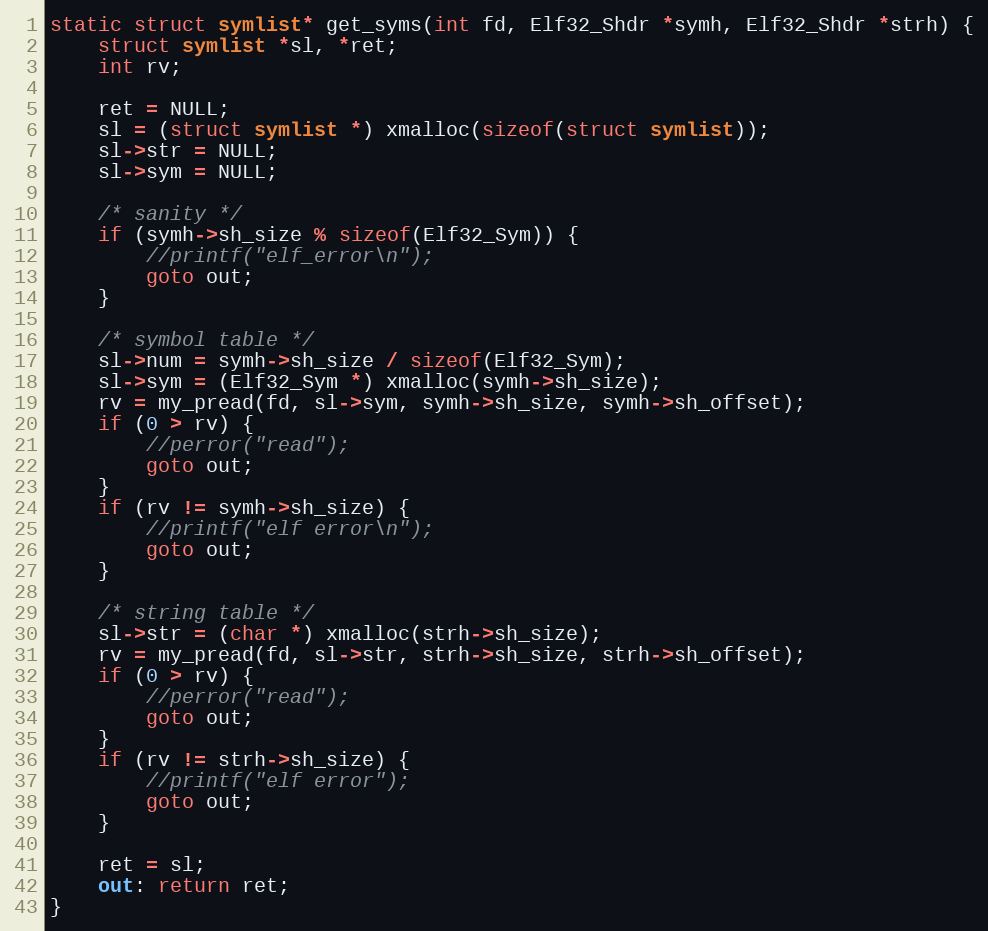
Language: C++
static struct symlist* get_syms(int fd, Elf32_Shdr *symh, Elf32_Shdr *strh) {
    struct symlist *sl, *ret;
    int rv;

    ret = NULL;
    sl = (struct symlist *) xmalloc(sizeof(struct symlist));
    sl->str = NULL;
    sl->sym = NULL;

    /* sanity */
    if (symh->sh_size % sizeof(Elf32_Sym)) {
        //printf("elf_error\n");
        goto out;
    }

    /* symbol table */
    sl->num = symh->sh_size / sizeof(Elf32_Sym);
    sl->sym = (Elf32_Sym *) xmalloc(symh->sh_size);
    rv = my_pread(fd, sl->sym, symh->sh_size, symh->sh_offset);
    if (0 > rv) {
        //perror("read");
        goto out;
    }
    if (rv != symh->sh_size) {
        //printf("elf error\n");
        goto out;
    }

    /* string table */
    sl->str = (char *) xmalloc(strh->sh_size);
    rv = my_pread(fd, sl->str, strh->sh_size, strh->sh_offset);
    if (0 > rv) {
        //perror("read");
        goto out;
    }
    if (rv != strh->sh_size) {
        //printf("elf error");
        goto out;
    }

    ret = sl;
    out: return ret;
}